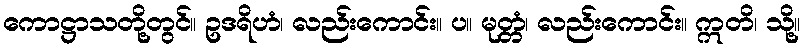
ကောဋ္ဌာသတို့တွင်။ ဥဒရိဟံ၊ လည်းကောင်း။ ပ။ မုတ္တံ၊ လည်းကောင်း။ ဣတိ၊ သို့။